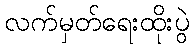
လက်မှတ်ရေးထိုးပွဲ